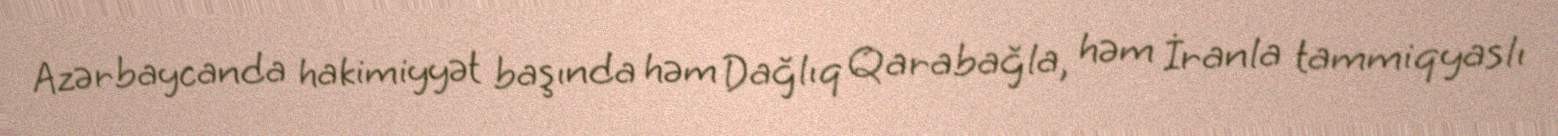
Azərbaycanda hakimiyyət başında həm Dağlıq Qarabağla, həm İranla tammiqyaslı